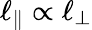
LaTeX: \ell_{\parallel}\propto\ell_{\perp}